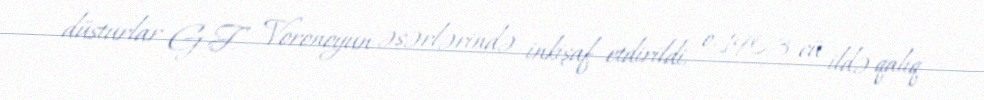
düsturlar G. F. Voronoyun əsərlərində inkişaf etdirildi, o, 1903-cü ildə qalıq